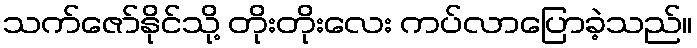
သက်ဇော်နိုင်သို့ တိုးတိုးလေး ကပ်လာပြောခဲ့သည်။